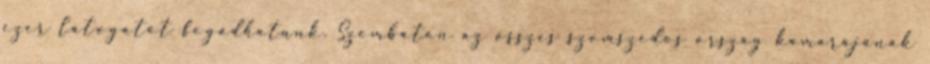
ezer látogatót fogadhatunk. Szombaton az összes szomszédos ország kamarájának